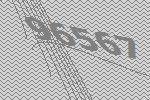
96567